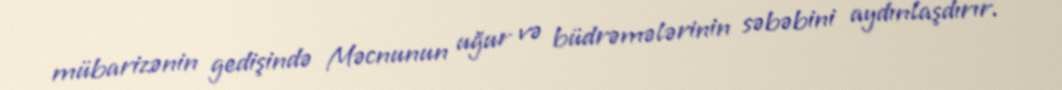
mübarizənin gedişində Məcnunun uğur və büdrəmələrinin səbəbini aydınlaşdırır.